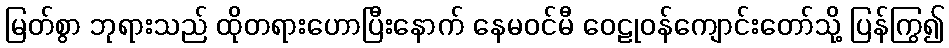
မြတ်စွာ ဘုရားသည် ထိုတရားဟောပြီးနောက် နေမဝင်မီ ဝေဠုဝန်ကျောင်းတော်သို့ ပြန်ကြွ၍